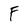
Character: F